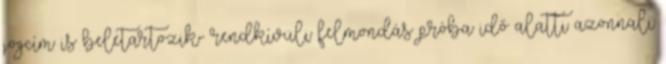
jogcím is beletartozik- rendkívüli felmondás próba idő alatti azonnali